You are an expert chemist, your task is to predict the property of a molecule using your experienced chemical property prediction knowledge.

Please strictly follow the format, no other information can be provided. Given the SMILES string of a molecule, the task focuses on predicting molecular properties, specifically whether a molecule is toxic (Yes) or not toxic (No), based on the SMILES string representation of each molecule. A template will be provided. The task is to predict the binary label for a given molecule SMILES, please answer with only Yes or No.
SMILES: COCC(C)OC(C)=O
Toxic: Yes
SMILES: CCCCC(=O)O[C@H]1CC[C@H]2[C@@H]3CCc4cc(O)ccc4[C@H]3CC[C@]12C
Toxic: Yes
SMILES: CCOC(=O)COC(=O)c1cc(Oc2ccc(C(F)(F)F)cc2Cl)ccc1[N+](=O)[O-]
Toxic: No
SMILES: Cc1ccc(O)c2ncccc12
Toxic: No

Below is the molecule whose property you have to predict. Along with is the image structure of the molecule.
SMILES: c1cc[n+]2c(c1)-c1cccc[n+]1CC2
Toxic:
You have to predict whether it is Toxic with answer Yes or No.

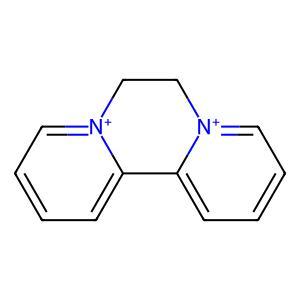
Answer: No